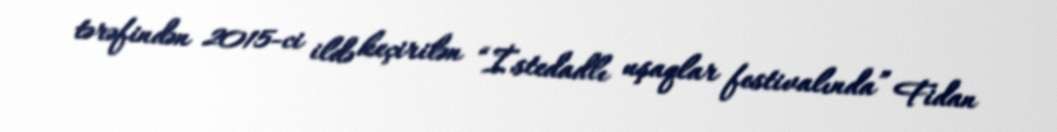
tərəfindən 2015-ci ildə keçirilən “İstedadlı uşaqlar festivalında” Fidan